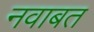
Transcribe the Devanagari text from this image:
नवाबत